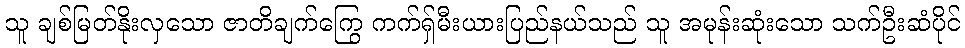
သူ ချစ်မြတ်နိုးလှသော ဇာတိချက်ကြွေ ကက်ရှ်မီးယားပြည်နယ်သည် သူ အမုန်းဆုံးသော သက်ဦးဆံပိုင်